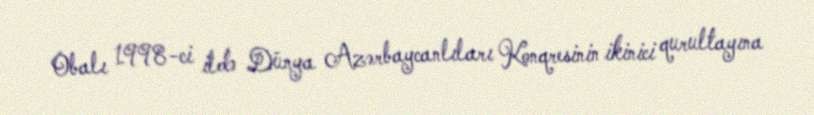
Obalı 1998-ci ildə Dünya Azərbaycanlıları Konqresinin ikinici qurultayına